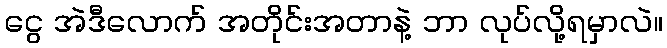
ငွေ အဲဒီလောက် အတိုင်းအတာနဲ့ ဘာ လုပ်လို့ရမှာလဲ။